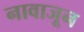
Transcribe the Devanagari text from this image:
नावाजून